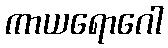
ကာယရောဂေါ